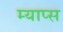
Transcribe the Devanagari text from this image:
म्याप्स